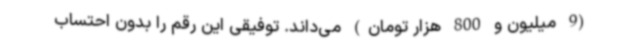
(9‌ میلیون‌ و 800 هزار تومان) می‌داند. توفیقی این رقم را بدون احتساب